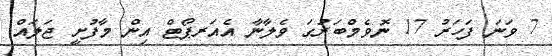
7 ވަނަ ފަހަރު 17 ނޮވެމްބަރުގަ ވެލާނާ އެއަރޕޯޓް އިން މާފުށީ ޖަލައް.